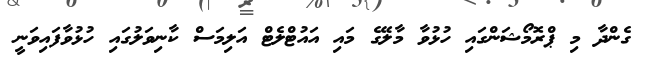
ގެންދާ މި ޕްރޮމޯޝަންގައި ހުޅުވާ މާލޭގެ މައި އައުޓްލެޓް އަލިމަސް ކާނިވަލުގައި ހުޅުވާފައިވަނީ